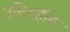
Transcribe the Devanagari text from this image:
उधिग्रहीत